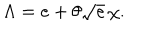
LaTeX: \Lambda { } = e + \theta { } \sqrt { e } \, \chi { } .